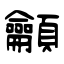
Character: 龥